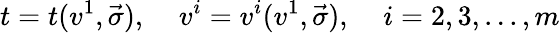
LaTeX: t=t(v^{1},\vec{\sigma}),\; \; \; \; v^{i}=v^{i}(v^{1},\vec{\sigma}),\; \; \; \; i=2,3,...,m